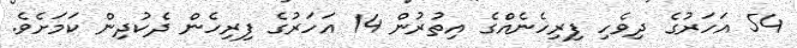
54 އަހަރުގެ ދިވެހި ފިރިހެނެއްގެ އިތުރުން 14 އަހަރުގެ ފިރިހެން ދެކުދިން ކަމަށެވެ.